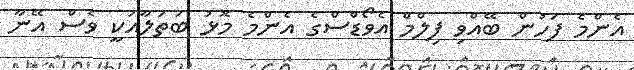
އެންމެ ފަހުން ބޭއްވި ފިލްމް އެވޯޑްސްގެ އެންމެ މޮޅު ބަތަލާއަކީ ވެސް އޭނާ